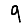
Digit: 9